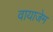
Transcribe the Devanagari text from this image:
वायाजेम